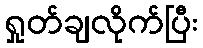
ရှုတ်ချလိုက်ပြီး